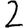
Digit: 2